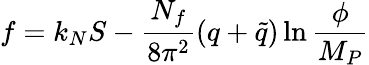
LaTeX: f=k_{N}S-{\frac{N_{f}}{8\pi^{2}}}(q+\tilde{q})\ln{\frac{\phi}{M_{P}}}